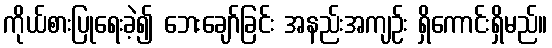
ကိုယ်စားပြုရေးခဲ့၍ ဘေးချော်ခြင်း အနည်းအကျဉ်း ရှိကောင်းရှိမည်။